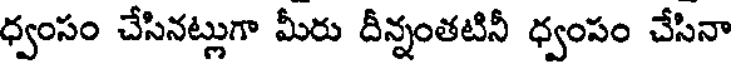
ధ్వంసం చేసినట్లుగా మీరు దీన్నంతటినీ ధ్వంపం చేసినా